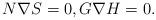
LaTeX: \begin{align*}N\nabla S=0,G\nabla H=0. \end{align*}